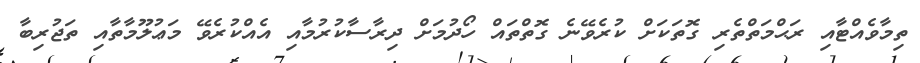
ތިމާވެއްޓާއި ރަޙްމަތްތެރި ގޮތަކަށް ކުރެވޭނެ ގޮތްތައް ހޯދުމަށް ދިރާސާކުރުމާއި އެއްކުރެވޭ މަޢުލޫމާތާއި ތަޖުރިބާ